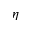
\eta